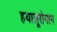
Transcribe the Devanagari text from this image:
हयालूरोनान